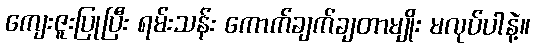
ကျေးဇူးပြုပြီး ရမ်းသန်း ကောက်ချက်ချတာမျိုး မလုပ်ပါနဲ့။